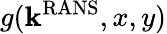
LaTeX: g(\mathbf{k}^{\mathrm{{RANS}}},x,y)